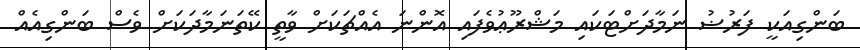
ބަންގިއަކީ ފަރުޟު ނަމާދަށްޓަކައި މަޝްރޫޢުވެފައި އޮންނަ އެއްޗަކަށް ވާތީ ކޭތަނަމާދަކަށް ވެސް ބަންގިއެއް